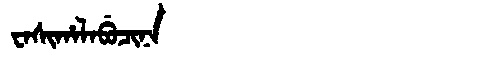
Manchu: ᠸᠠᠰᡳᡥᠠᠯᠠᠪᡠᠴᡳᠨᠠ
Romanization: WASIHALABUCINA